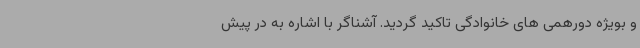
و بویژه دورهمی های خانوادگی تاکید گردید. آشناگر با اشاره به در پیش